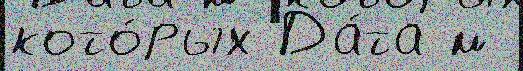
кото́рых Да́та м